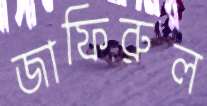
জাফিরুল